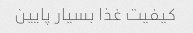
کیفیت غذا بسیار پایین